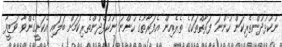
ނުކުޅުދުންތެރިކަން ހުންނަ ފަރާތްތަކުގެ ތެރެއިން އެފަރާތުގެ ހުންނަ ނުކުޅެދުންތެރިކަމަށް ބަލައި އެކަށީގެންވާ ވަޒީފާ